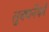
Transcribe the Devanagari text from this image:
लुक्यनेंको